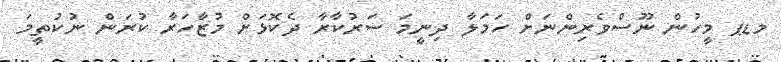
މޑޕ މީހުން ނޫސްވެރިންނަށް ހަމަލާ ދިނީމަ ސަރުކާރާ ދެކޮޅަށް މުޒާހަރާ ކުރަން ނުކުތީމަ